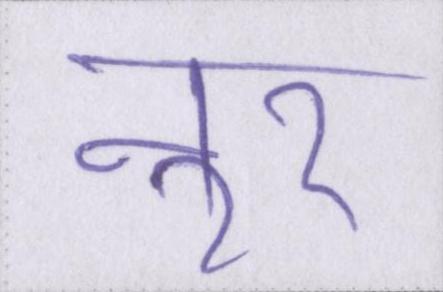
नूर